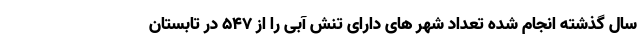
سال گذشته انجام شده تعداد شهر های دارای تنش آبی را از ۵۴۷ در تابستان